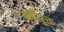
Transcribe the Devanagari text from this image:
कर्मयुक्त